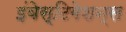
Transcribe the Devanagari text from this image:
इंवेस्टिगेशन्स